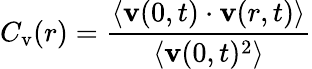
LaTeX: C_{\textrm{v}}(r)=\frac{\langle\mathbf{v}(0,t)\cdot\mathbf{v}(r,t)\rangle}{\langle\mathbf{v}(0,t)^{2}\rangle}